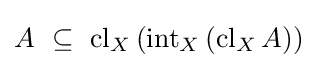
A~\subseteq ~\operatorname {cl} _{X}\left(\operatorname {int} _{X}\left(\operatorname {cl} _{X}A\right)\right)